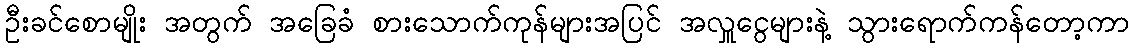
ဦးခင်စောမျိုး အတွက် အခြေခံ စားသောက်ကုန်များအပြင် အလှူငွေများနဲ့ သွားရောက်ကန်တော့ကာ